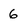
Character: 6